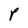
Character: P